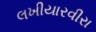
લખીયારવીરા